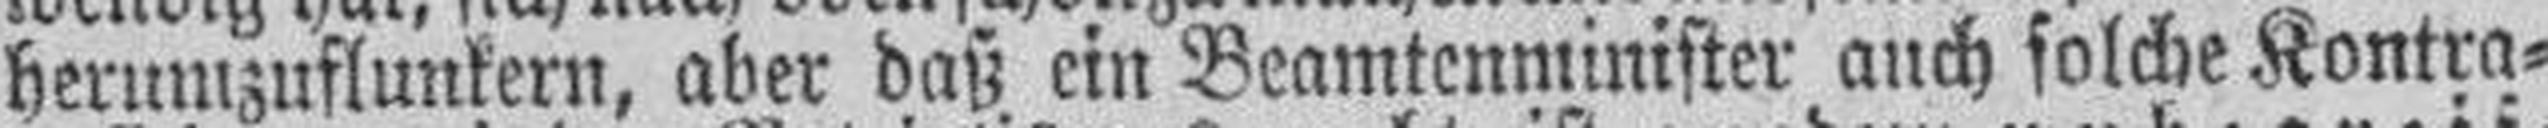
herumzuflunkern, aber daß ein Beamtenminister auch solche Kontra¬